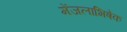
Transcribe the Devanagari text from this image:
मेंजलाभिषेक